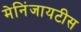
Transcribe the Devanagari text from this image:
मेनिंजायटीस